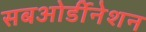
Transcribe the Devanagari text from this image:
सबओर्डीनेशन